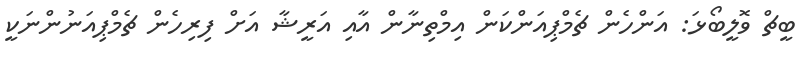
ބީޗް ވޮލީބޯޅަ: އަންހެން ޗެމްޕިއަންކަން އިމްތިނާން އާއި އަރީޝާ އަށް ފިރިހެން ޗެމްޕިއަނުންނަކީ